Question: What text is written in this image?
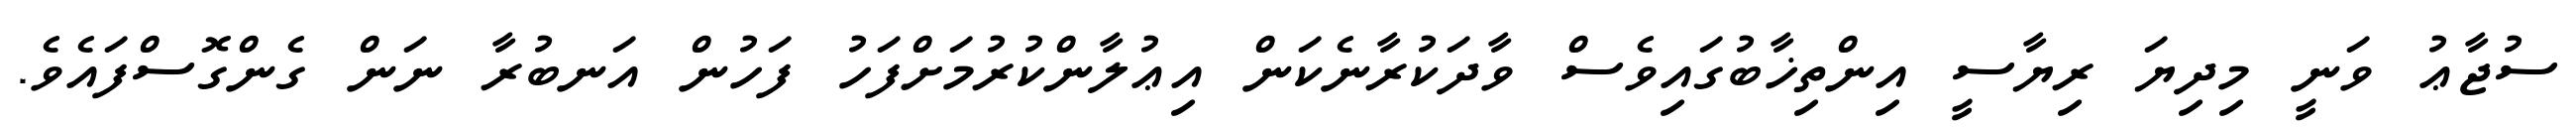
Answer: ސުޖާޢު ވަނީ މިދިޔަ ރިޔާސީ އިންތިޚާބުގައިވެސް ވާދަކުރާނެކަން އިޢުލާންކުރުމަށްފަހު ފަހުން އަނބުރާ ނަން ގެންގޮސްފައެވެ.